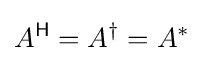
A^{\mathsf {H}}=A^{\dagger }=A^{\ast }